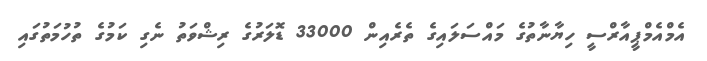
އެމްއެމްޕީއާރްސީ ހިޔާނާތުގެ މައްސަލައިގެ ތެރެއިން 33000 ޑޮލަރުގެ ރިޝްވަތު ނެގި ކަަމުގެ ތުހުމަތުގައި